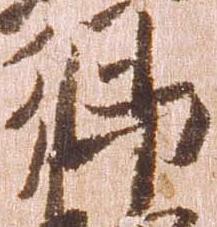
郷